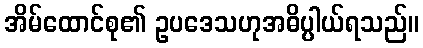
အိမ်ထောင်စု၏ ဥပဒေသဟုအဓိပ္ပါယ်ရသည်။